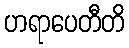
ဟရာပေတီတိ